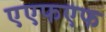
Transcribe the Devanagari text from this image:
एएफएफ